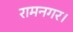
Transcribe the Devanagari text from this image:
रामनगर।